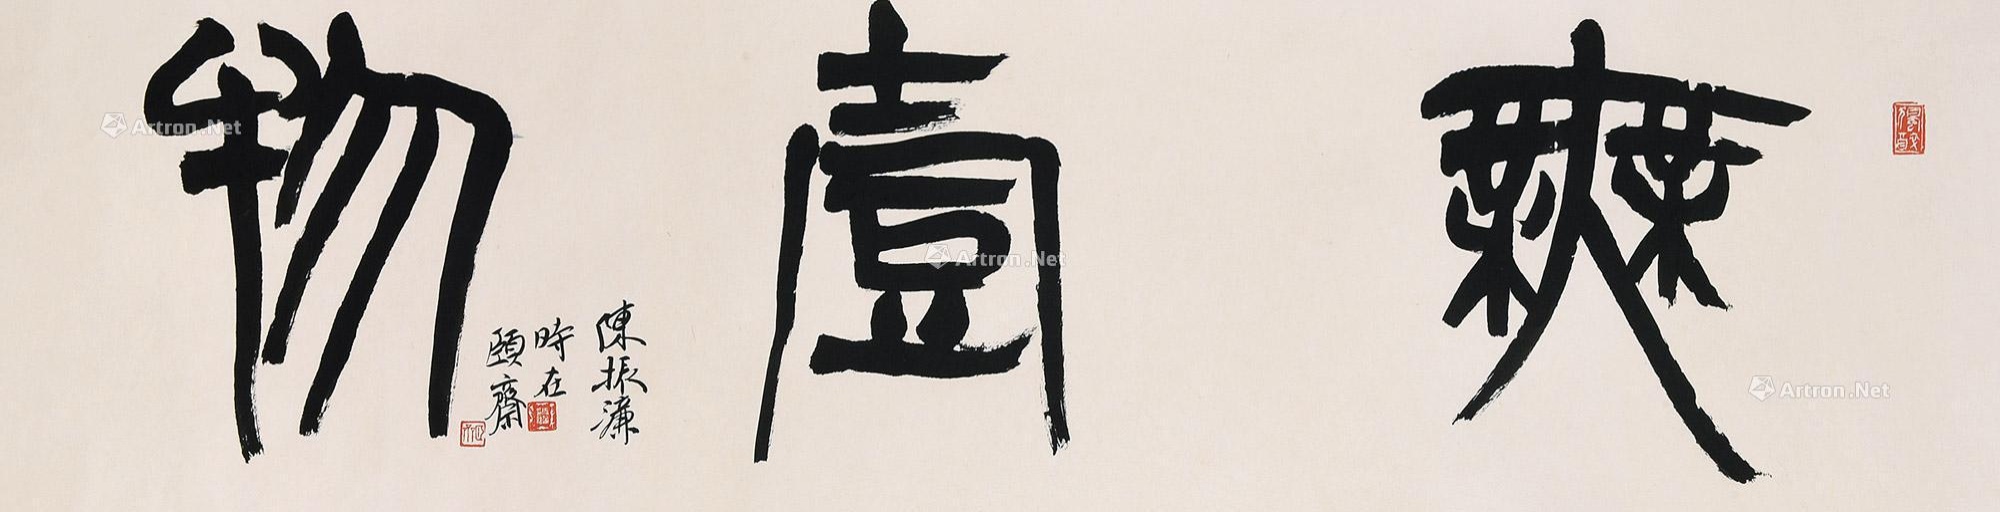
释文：“无壹物”陈振濂时在颐斋。